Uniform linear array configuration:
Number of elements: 24
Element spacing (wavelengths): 0.75
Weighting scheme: blackman
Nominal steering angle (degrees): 60
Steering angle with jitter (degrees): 60.761
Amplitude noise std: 0.05
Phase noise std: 0.05

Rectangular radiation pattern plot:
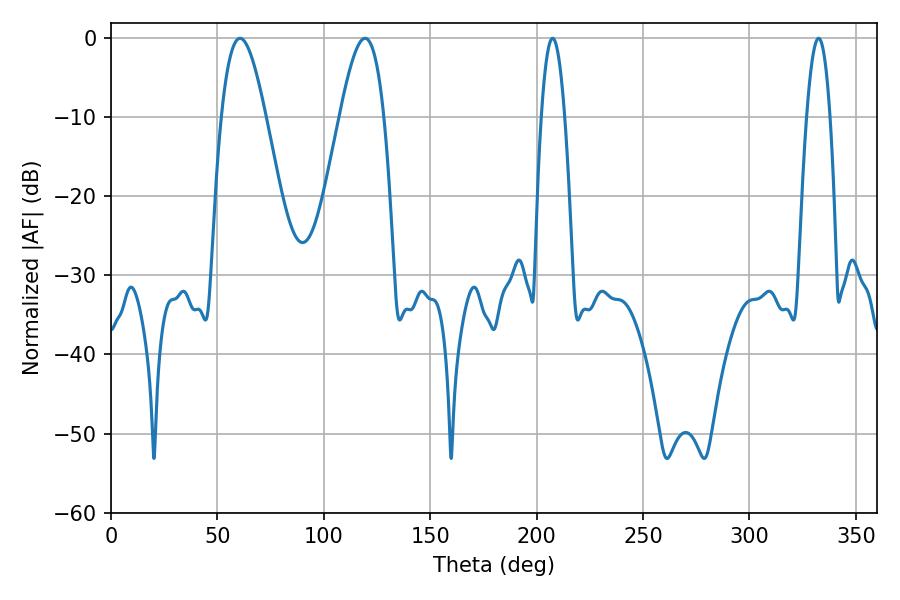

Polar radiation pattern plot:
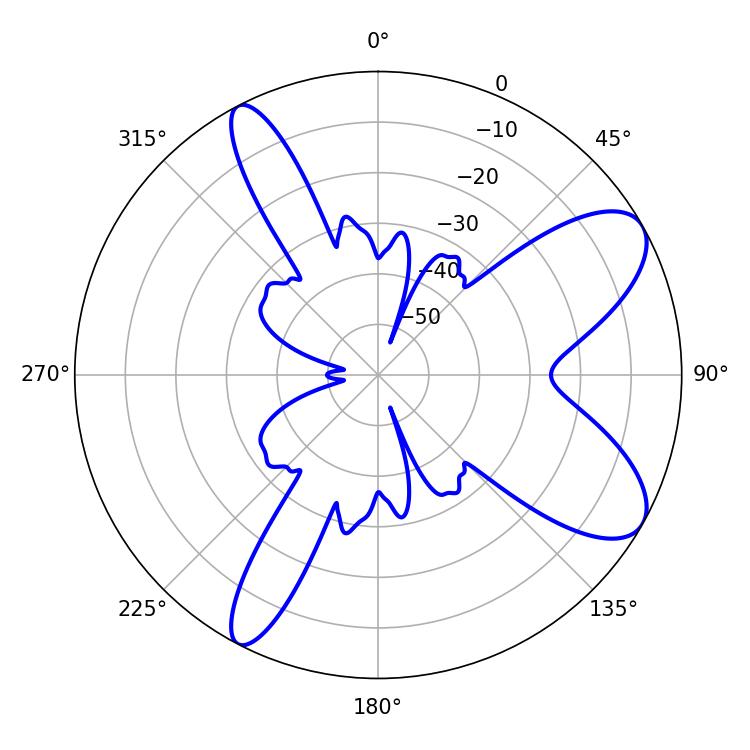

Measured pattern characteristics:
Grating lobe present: TRUE
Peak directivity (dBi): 8.68
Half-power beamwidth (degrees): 11.34
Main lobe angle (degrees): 60.66